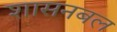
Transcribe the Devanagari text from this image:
शासनबल